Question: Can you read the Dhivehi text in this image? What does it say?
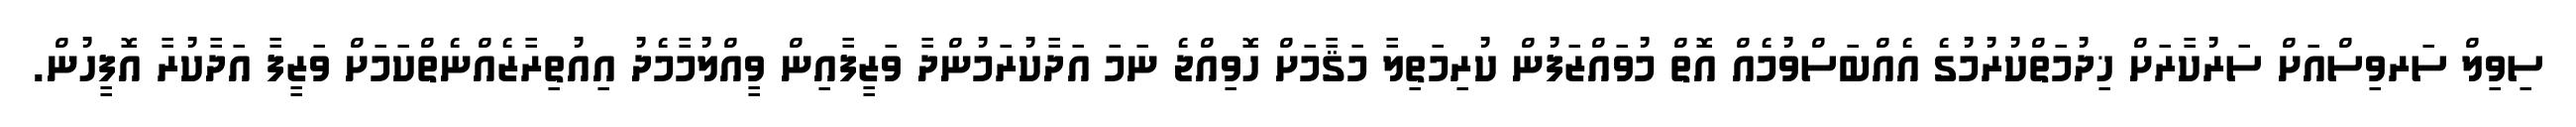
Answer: ސިވިލް ސަރވިސްއަށް ސަރުކާރަށް ޚިދުމަތްކުރުމުގެ އެއްބަސްވުމެއް އޮތް މުވައްޒަފުން ކުރިމަތިލާ މަޤާމަށް ހޮވިއްޖެ ނަމަ އަދާކުރަމުންދާ ވަޒީފާއިން ވީއްލުމާމެދު އިއުތިރާޒެއްނެތްކަމަށް ވަޒީފާ އަދާކުރާ އޮފީހުން.